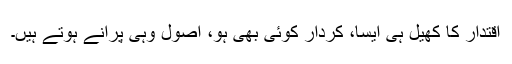
اقتدار کا کھیل ہی ایسا، کردار کوئی بھی ہو، اصول وہی پرانے ہوتے ہیں۔